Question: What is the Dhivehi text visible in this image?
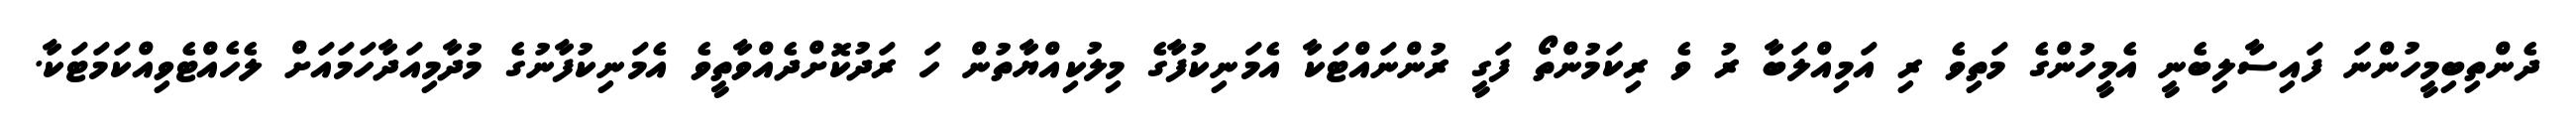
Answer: ދެންތިބިމީހުންނަ ފައިސާލިބެނީ އެމީހުންގެ މަތިވެ ރި އަމިއްލަބާ ރު ވެ ރިކަމުންތޯ ފަގީ ރުންނައްޓަކާ އެމަނިކުފާގެ މިލުކިއްޔާތުން ހަ ރަދުކޮށްދެއްވާތީވެ އެމަނިކުފާނުގެ މުދާމިއަދާހަމައަށް ލެހެއްޓެވިއްކަމަޓަކާ.